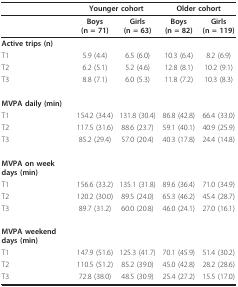
|  | <COLSPAN=2> Younger cohort | <COLSPAN=2> Older cohort |
 | --- | --- | --- | --- | --- |
 |  | Boys(n = 71) | Girls(n = 63) | Boys(n = 82) | Girls(n = 119) |
 | Active trips (n) |  |  |  |  |
 | T1 | 5.9 (4.4) | 6.5 (6.0) | 10.3 (6.4) | 8.2 (6.9) |
 | T2 | 6.2 (5.1) | 5.2 (4.6) | 12.8 (8.1) | 10.2 (9.1) |
 | T3 | 8.8 (7.1) | 6.0 (5.3) | 11.8 (7.2) | 10.3 (8.3) |
 | MVPA daily (min) |  |  |  |  |
 | T1 | 154.2 (34.4) | 131.8 (30.4) | 86.8 (42.8) | 66.4 (33.0) |
 | T2 | 117.5 (31.6) | 88.6 (23.7) | 59.1 (40.1) | 40.9 (25.9) |
 | T3 | 85.2 (29.4) | 57.0 (20.4) | 40.3 (17.8) | 24.4 (14.8) |
 | MVPA on week days (min) |  |  |  |  |
 | T1 | 156.6 (33.2) | 135.1 (31.8) | 89.6 (36.4) | 71.0 (34.9) |
 | T2 | 120.2 (30.0) | 89.5 (24.0) | 65.3 (46.2) | 45.4 (28.7) |
 | T3 | 89.7 (31.2) | 60.0 (20.8) | 46.0 (24.1) | 27.0 (16.1) |
 | MVPA weekend days (min) |  |  |  |  |
 | T1 | 147.9 (51.6) | 125.3 (41.7) | 70.1 (45.9) | 51.4 (30.2) |
 | T2 | 110.5 (51.2) | 85.2 (39.0) | 45.0 (42.8) | 28.2 (28.6) |
 | T3 | 72.8 (38.0) | 48.5 (30.9) | 25.4 (27.2) | 15.5 (17.0) |